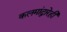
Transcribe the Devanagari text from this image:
कलमांद्वारेही